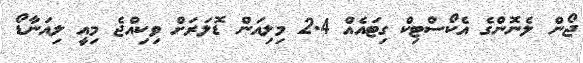
ޖޯން ލެނޮންގެ އެކޯސްޓިކް ގިޓައެއް 2.4 މިލިއަން ޑޮލަރަށް ވިކިއްޖެ މިއީ ލިއަނާޑޯ